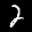
Label: 2